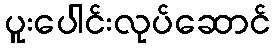
ပူးပေါင်းလုပ်ဆောင်